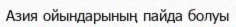
Азия ойындарының пайда болуы